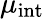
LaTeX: \mu_{\mathrm{int}}